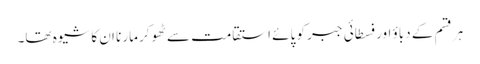
ہر قسم کے دباؤ اور فسطائی جبر کو پائے استقامت سے ٹھوکر مارنا ان کا شیوہ تھا۔